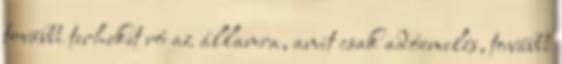
további terheket ró az államra, amit csak adóemelés, további